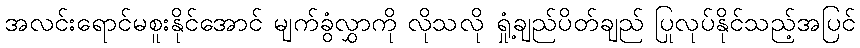
အလင်းရောင်မစူးနိုင်အောင် မျက်ခွံလွှာကို လိုသလို ရှုံ့ချည်ပိတ်ချည် ပြုလုပ်နိုင်သည့်အပြင်